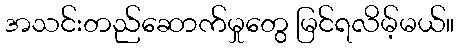
အသင်းတည်ဆောက်မှုတွေ မြင်ရလိမ့်မယ်။